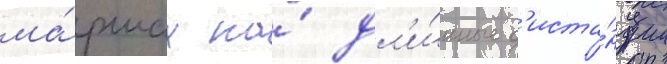
ма́ршах на́ дл'и́нные д'иста́нции